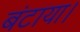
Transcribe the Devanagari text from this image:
बंटाया।